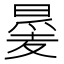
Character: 㬊